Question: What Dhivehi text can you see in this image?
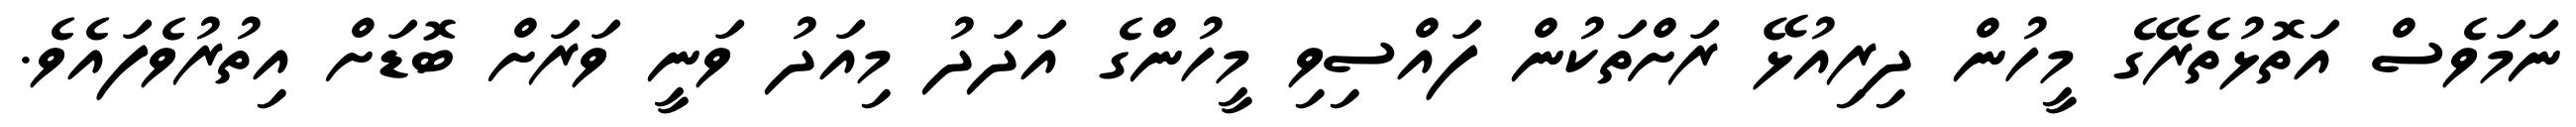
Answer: ނަމަވެސް އަތޮޅުތެރޭގެ މީހުން ދިރިއުޅޭ ރަށްތަކުން ފައްސިވި މީހުންގެ އަދަދު މިއަދު ވަނީ ވަރަށް ބޮޑަށް އިތުރުވެފައެވެ.